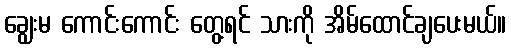
ချွေးမ ကောင်းကောင်း တွေ့ရင် သားကို အိမ်ထောင်ချပေးမယ်။